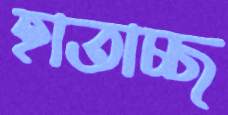
হাতাচ্ছ